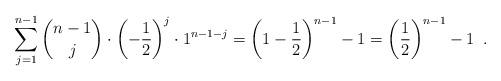
LaTeX: \begin{align*}\sum_{j=1}^{n-1} \binom{n-1}{j} \cdot \left( -\frac{1}{2}\right)^j \cdot 1^{n-1-j} = \left( 1 - \frac{1}{2}\right)^{n-1} - 1 = \left(\frac{1}{2}\right)^{n-1} - 1 \enspace .\end{align*}